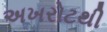
અખરોટથી